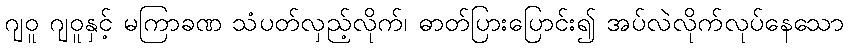
ဂျဝူ ဂျဝူနှင့် မကြာခဏ သံပတ်လှည့်လိုက်၊ ဓာတ်ပြားပြောင်း၍ အပ်လဲလိုက်လုပ်နေသော